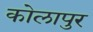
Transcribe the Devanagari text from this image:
कोलापुर